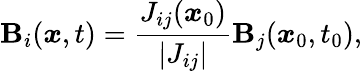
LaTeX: \mathbf{B}_{i}(\boldsymbol{x},t)=\frac{{J_{ij}(\boldsymbol{x}_{0})}}{{|J_{ij}|}}\mathbf{B}_{j}(\boldsymbol{x}_{0},t_{0}),